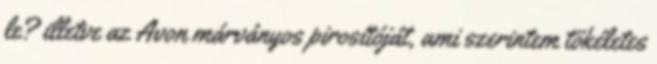
le? illetve az Avon márványos pirosítóját, ami szerintem tökéletes